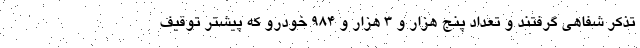
تذکر شفاهی گرفتند و تعداد پنج هزار و ۳ هزار و ۹۸۴ خودرو که پیشتر توقیف